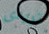
تريدى